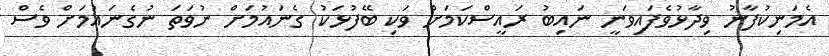
އެމަނިކުފާނު ވިދާޅުވެފައިވަނީ ނައިބު ރައީސްކަމަށް ވަކި ބޭފުޅަކު ގެނައުމަށް ނުވަތަ ނުގެނައުމަށް ވެސް